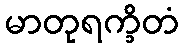
မာတုရက္ခိတံ